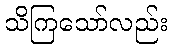
သိကြသော်လည်း